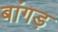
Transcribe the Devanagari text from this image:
बांगड़